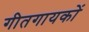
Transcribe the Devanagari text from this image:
गीतगायकों